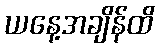
ယနေ့အချိန်ထိ